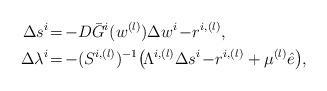
LaTeX: \begin{align*}\Delta s^i\! &=\! -D\bar{G}^i(w^{(l)})\Delta w^i\!- \! r^{i,(l)}_{},\\\Delta \lambda^i\! &=\! -(S^{i,(l)})^{-1}\!\left(\! \Lambda^{i,(l)}\Delta s^i\! - \! r^{i,(l)}_{}+\mu^{(l)}\hat{e} \right)\!,\end{align*}